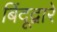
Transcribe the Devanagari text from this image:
बिंदूद्वारे